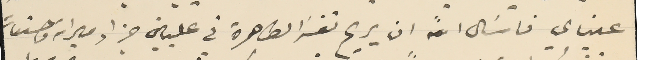
عيناي فاسَال الله ان يريح نفسَه الطاهرة في عليياته جزاء ميراته وحسنات